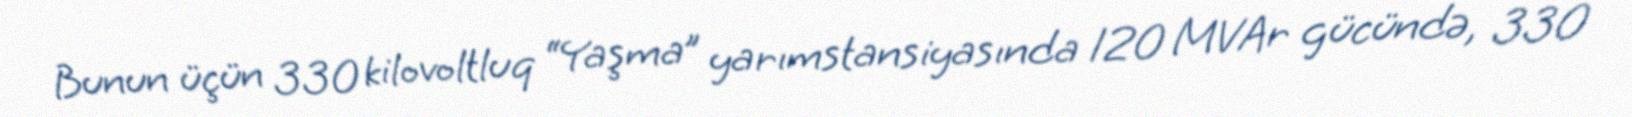
Bunun üçün 330 kilovoltluq “Yaşma” yarımstansiyasında 120 MVAr gücündə, 330